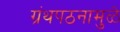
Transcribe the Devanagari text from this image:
ग्रंथपठनामुळे